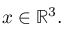
\qquad x \in \mathbb { R } ^ { 3 } .